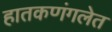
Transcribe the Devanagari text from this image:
हातकणंगलेत